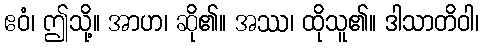
ဧဝံ၊ ဤသို့။ အာဟ၊ ဆို၏။ အဿ၊ ထိုသူ၏။ ဒါသာတိဝါ၊